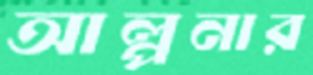
আল্পনার